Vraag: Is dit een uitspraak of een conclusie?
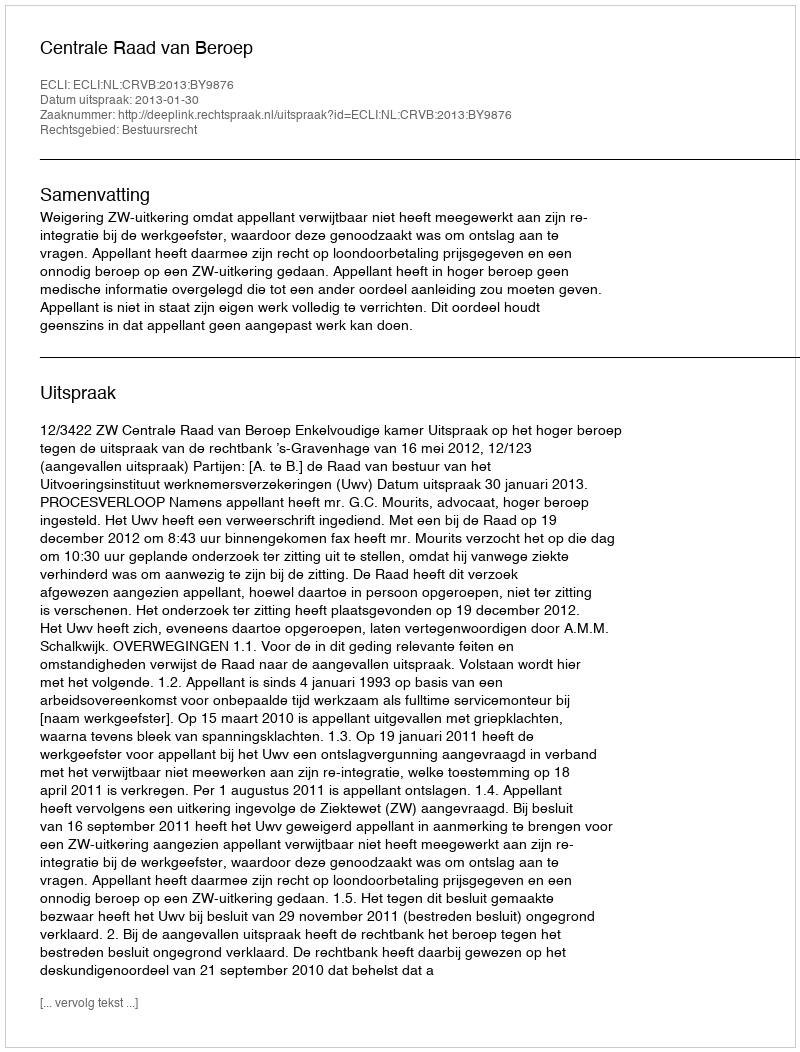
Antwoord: Uitspraak